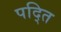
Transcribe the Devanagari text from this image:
पद्ति